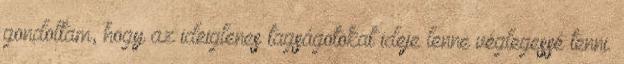
gondoltam, hogy az ideiglenes tagságotokat ideje lenne véglegessé tenni.